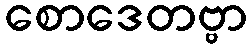
စောဒေတဗ္ဗာ